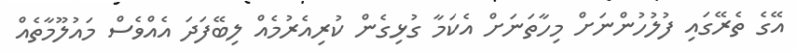
އޭގެ ތެރޭގައި ފުލުހުންނަށް މިހާތަނަށް އެކަމާ ގުޅިގެން ކުރިއެރުމެއް ލިބޭފަދަ އެއްވެސް މައުލޫމާތެއް